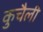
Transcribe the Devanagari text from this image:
कुचैली